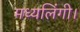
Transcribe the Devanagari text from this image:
मध्यलिंगी।